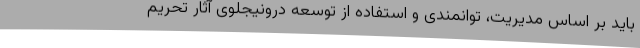
باید بر اساس مدیریت، توانمندی و استفاده از توسعه درونیجلوی آثار تحریم